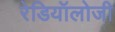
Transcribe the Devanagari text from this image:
रेडियॉलोजी